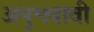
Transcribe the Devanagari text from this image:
अनुभवावी